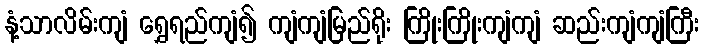
နံ့သာလိမ်းကျံ ရွှေရည်ကျံ၍ ကျံကျံမြည်ရိုး ကြိုးကြိုးကျံကျံ ဆည်းကျံကျံကြီး